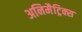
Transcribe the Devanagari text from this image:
अनिमैट्रिक्स